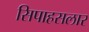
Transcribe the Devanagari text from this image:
सिपाहसलार